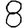
Digit: 8